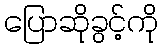
ပြောဆိုခွင့်ကို